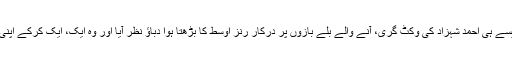
یہی وجہ ہے کہ جیسے ہی احمد شہزاد کی وکٹ گری، آنے والے بلے بازوں پر درکار رنز اوسط کا بڑھتا ہوا دباؤ نظر آیا اور وہ ایک، ایک کرکے اپنی وکٹیں دیتے رہے۔